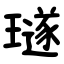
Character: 璲